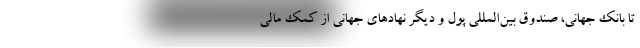
تا بانک جهانی، صندوق بین‌المللی پول و دیگر نهادهای جهانی از کمک مالی